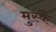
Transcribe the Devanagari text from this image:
मुस्कै